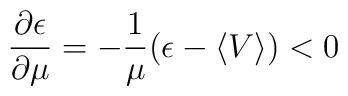
\frac{\partial\epsilon}{\partial\mu}=-\frac{1}{\mu}(\epsilon-\langle V\rangle ) <0